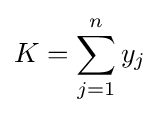
K=\sum _{j=1}^{n}y_{j}